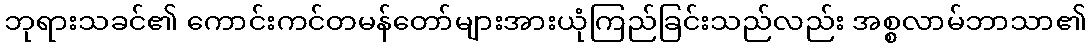
ဘုရားသခင်၏ ကောင်းကင်တမန်တော်များအားယုံကြည်ခြင်းသည်လည်း အစ္စလာမ်ဘာသာ၏